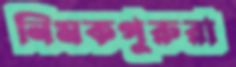
নিমকপুরুরা